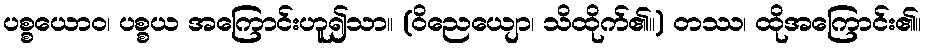
ပစ္စယောဝ၊ ပစ္စယ အကြောင်းဟူ၍သာ။ (ဝိညေယျော၊ သိထိုက်၏။) တဿ၊ ထိုအကြောင်း၏။